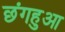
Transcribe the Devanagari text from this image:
छंगहुआ